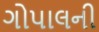
ગોપાલની